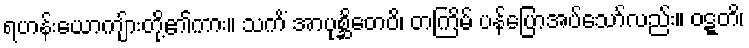
ရဟန်းယောကျ်ားတို့၏ကား။ သကိံ အာပုစ္ဆိတေပိ၊ တကြိမ် ပန်ပြောအပ်သော်လည်း။ ဝဋ္ဋတိ၊